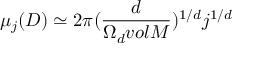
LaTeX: { \mu } _ { j } ( D ) \simeq 2 { \pi } ( \frac { d } { { \Omega } _ { d } v o l M } ) ^ { 1 / d } j ^ { 1 / d }